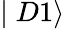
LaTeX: \mid D1\rangle